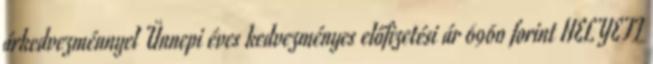
árkedvezménnyel Ünnepi éves kedvezményes előfizetési ár 6960 forint HELYETT